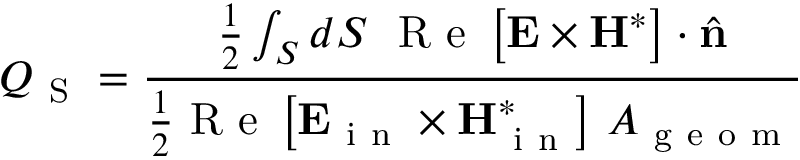
Q _ { \mathrm { ~ S ~ } } = \frac { \frac { 1 } { 2 } \int _ { S } d S ~ \mathrm { ~ R ~ e ~ } \left[ \boldsymbol { \mathbf { E } } \times \boldsymbol { \mathbf { H } } ^ { * } \right] \cdot \hat { \mathbf { n } } } { \frac { 1 } { 2 } \mathrm { ~ R ~ e ~ } \left[ \boldsymbol { \mathbf { E } } _ { \mathrm { ~ i ~ n ~ } } \times \boldsymbol { \mathbf { H } } _ { \mathrm { ~ i ~ n ~ } } ^ { * } \right] \, A _ { \mathrm { ~ g ~ e ~ o ~ m ~ } } }